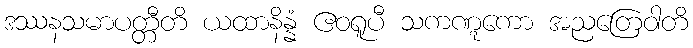
ဒဿနသမာပတ္တီတိ ယထာနိန္နံ ဧဝရူပီ သကဏ္ဋကော အညတြေဝါတိ